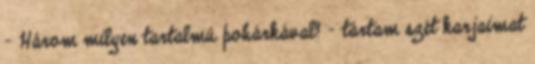
- Három milyen tartalmú pohárkával? - tártam szét karjaimat